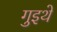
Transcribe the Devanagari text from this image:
गुइथे